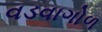
વડવાગોળ